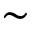
\sim